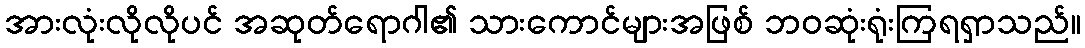
အားလုံးလိုလိုပင် အဆုတ်ရောဂါ၏ သားကောင်များအဖြစ် ဘဝဆုံးရုံးကြရရှာသည်။